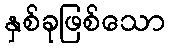
နှစ်ခုဖြစ်သော